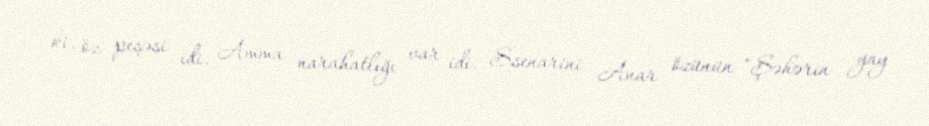
ki, öz peşəsi idi. Amma narahatlığı var idi. Ssenarini Anar özünün "Şəhərin yay